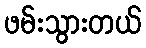
ဖမ်းသွားတယ်